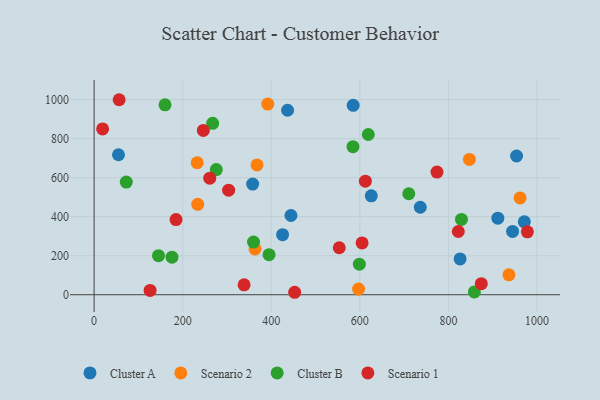
{"axis": {"x": "Speed", "y": "Fuel Efficiency"}, "legend": ["Cluster A", "Cluster B", "Scenario 1", "Scenario 2"], "data": [{"x": "625.8", "y": 507.1, "type": "Cluster A"}, {"x": "444.4", "y": 406.1, "type": "Cluster A"}, {"x": "357.9", "y": 567.0, "type": "Cluster A"}, {"x": "826.3", "y": 183.5, "type": "Cluster A"}, {"x": "55.0", "y": 717.4, "type": "Cluster A"}, {"x": "953.8", "y": 710.8, "type": "Cluster A"}, {"x": "944.8", "y": 324.2, "type": "Cluster A"}, {"x": "584.9", "y": 970.4, "type": "Cluster A"}, {"x": "971.3", "y": 373.7, "type": "Cluster A"}, {"x": "736.4", "y": 448.3, "type": "Cluster A"}, {"x": "425.5", "y": 307.6, "type": "Cluster A"}, {"x": "911.5", "y": 392.3, "type": "Cluster A"}, {"x": "436.8", "y": 945.4, "type": "Cluster A"}, {"x": "847.3", "y": 693.2, "type": "Scenario 2"}, {"x": "961.7", "y": 496.1, "type": "Scenario 2"}, {"x": "936.6", "y": 102.0, "type": "Scenario 2"}, {"x": "392.0", "y": 977.2, "type": "Scenario 2"}, {"x": "367.8", "y": 665.4, "type": "Scenario 2"}, {"x": "232.8", "y": 676.6, "type": "Scenario 2"}, {"x": "597.0", "y": 29.2, "type": "Scenario 2"}, {"x": "233.9", "y": 463.3, "type": "Scenario 2"}, {"x": "363.4", "y": 234.8, "type": "Scenario 2"}, {"x": "275.8", "y": 641.5, "type": "Cluster B"}, {"x": "619.0", "y": 821.1, "type": "Cluster B"}, {"x": "145.3", "y": 200.0, "type": "Cluster B"}, {"x": "584.4", "y": 758.5, "type": "Cluster B"}, {"x": "175.8", "y": 192.4, "type": "Cluster B"}, {"x": "394.9", "y": 205.1, "type": "Cluster B"}, {"x": "598.8", "y": 156.5, "type": "Cluster B"}, {"x": "72.6", "y": 577.4, "type": "Cluster B"}, {"x": "359.9", "y": 269.6, "type": "Cluster B"}, {"x": "858.5", "y": 14.4, "type": "Cluster B"}, {"x": "267.6", "y": 878.5, "type": "Cluster B"}, {"x": "160.1", "y": 973.2, "type": "Cluster B"}, {"x": "829.4", "y": 385.8, "type": "Cluster B"}, {"x": "710.4", "y": 517.6, "type": "Cluster B"}, {"x": "605.0", "y": 265.7, "type": "Scenario 1"}, {"x": "774.1", "y": 628.8, "type": "Scenario 1"}, {"x": "874.2", "y": 56.7, "type": "Scenario 1"}, {"x": "19.2", "y": 849.9, "type": "Scenario 1"}, {"x": "978.2", "y": 322.5, "type": "Scenario 1"}, {"x": "338.6", "y": 50.9, "type": "Scenario 1"}, {"x": "126.4", "y": 22.2, "type": "Scenario 1"}, {"x": "261.1", "y": 597.1, "type": "Scenario 1"}, {"x": "56.5", "y": 999.3, "type": "Scenario 1"}, {"x": "612.4", "y": 582.0, "type": "Scenario 1"}, {"x": "303.7", "y": 535.7, "type": "Scenario 1"}, {"x": "822.2", "y": 324.0, "type": "Scenario 1"}, {"x": "246.6", "y": 842.2, "type": "Scenario 1"}, {"x": "452.8", "y": 12.6, "type": "Scenario 1"}, {"x": "184.9", "y": 385.0, "type": "Scenario 1"}, {"x": "553.5", "y": 240.7, "type": "Scenario 1"}]}